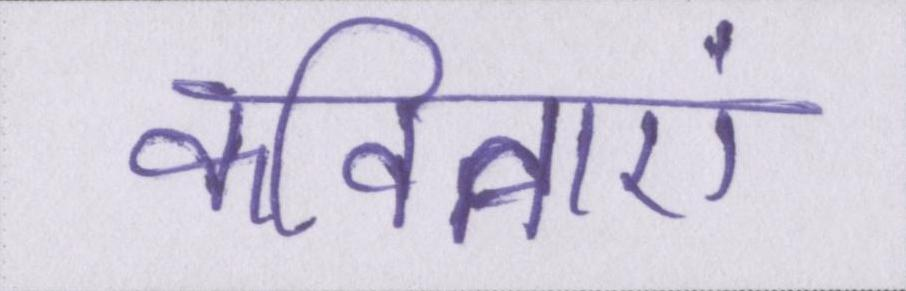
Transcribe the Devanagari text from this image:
कविताएं